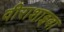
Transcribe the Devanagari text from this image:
वीराशाइवा